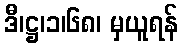
ဒီ၊ဋ္ဌ၊၁၊၆၈၊ မှယူရန်